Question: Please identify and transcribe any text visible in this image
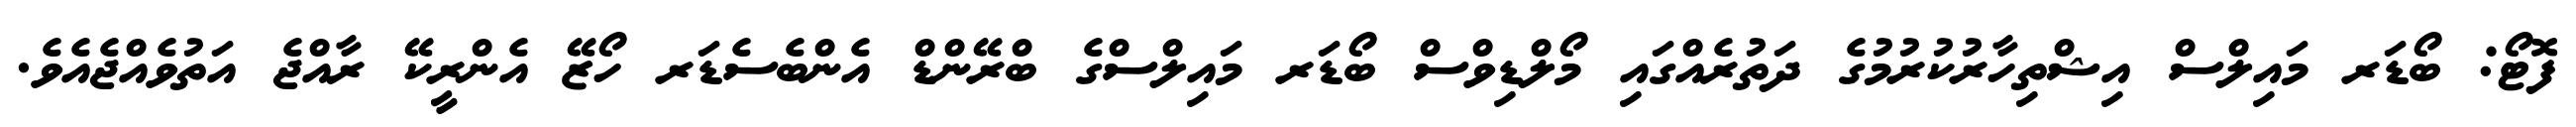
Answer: ފޮޓޯ: ބޯޑަރ މައިލްސް އިޝްތިހާރުކުރުމުގެ ދަތުރެއްގައި މޯލްޑިވްސް ބޯޑަރ މައިލްސްގެ ބްރޭންޑް އެންބެސެޑަރ ހޯޒޭ އެންރީކޭ ރާއްޖެ އަތުވެއްޖެއެވެ.